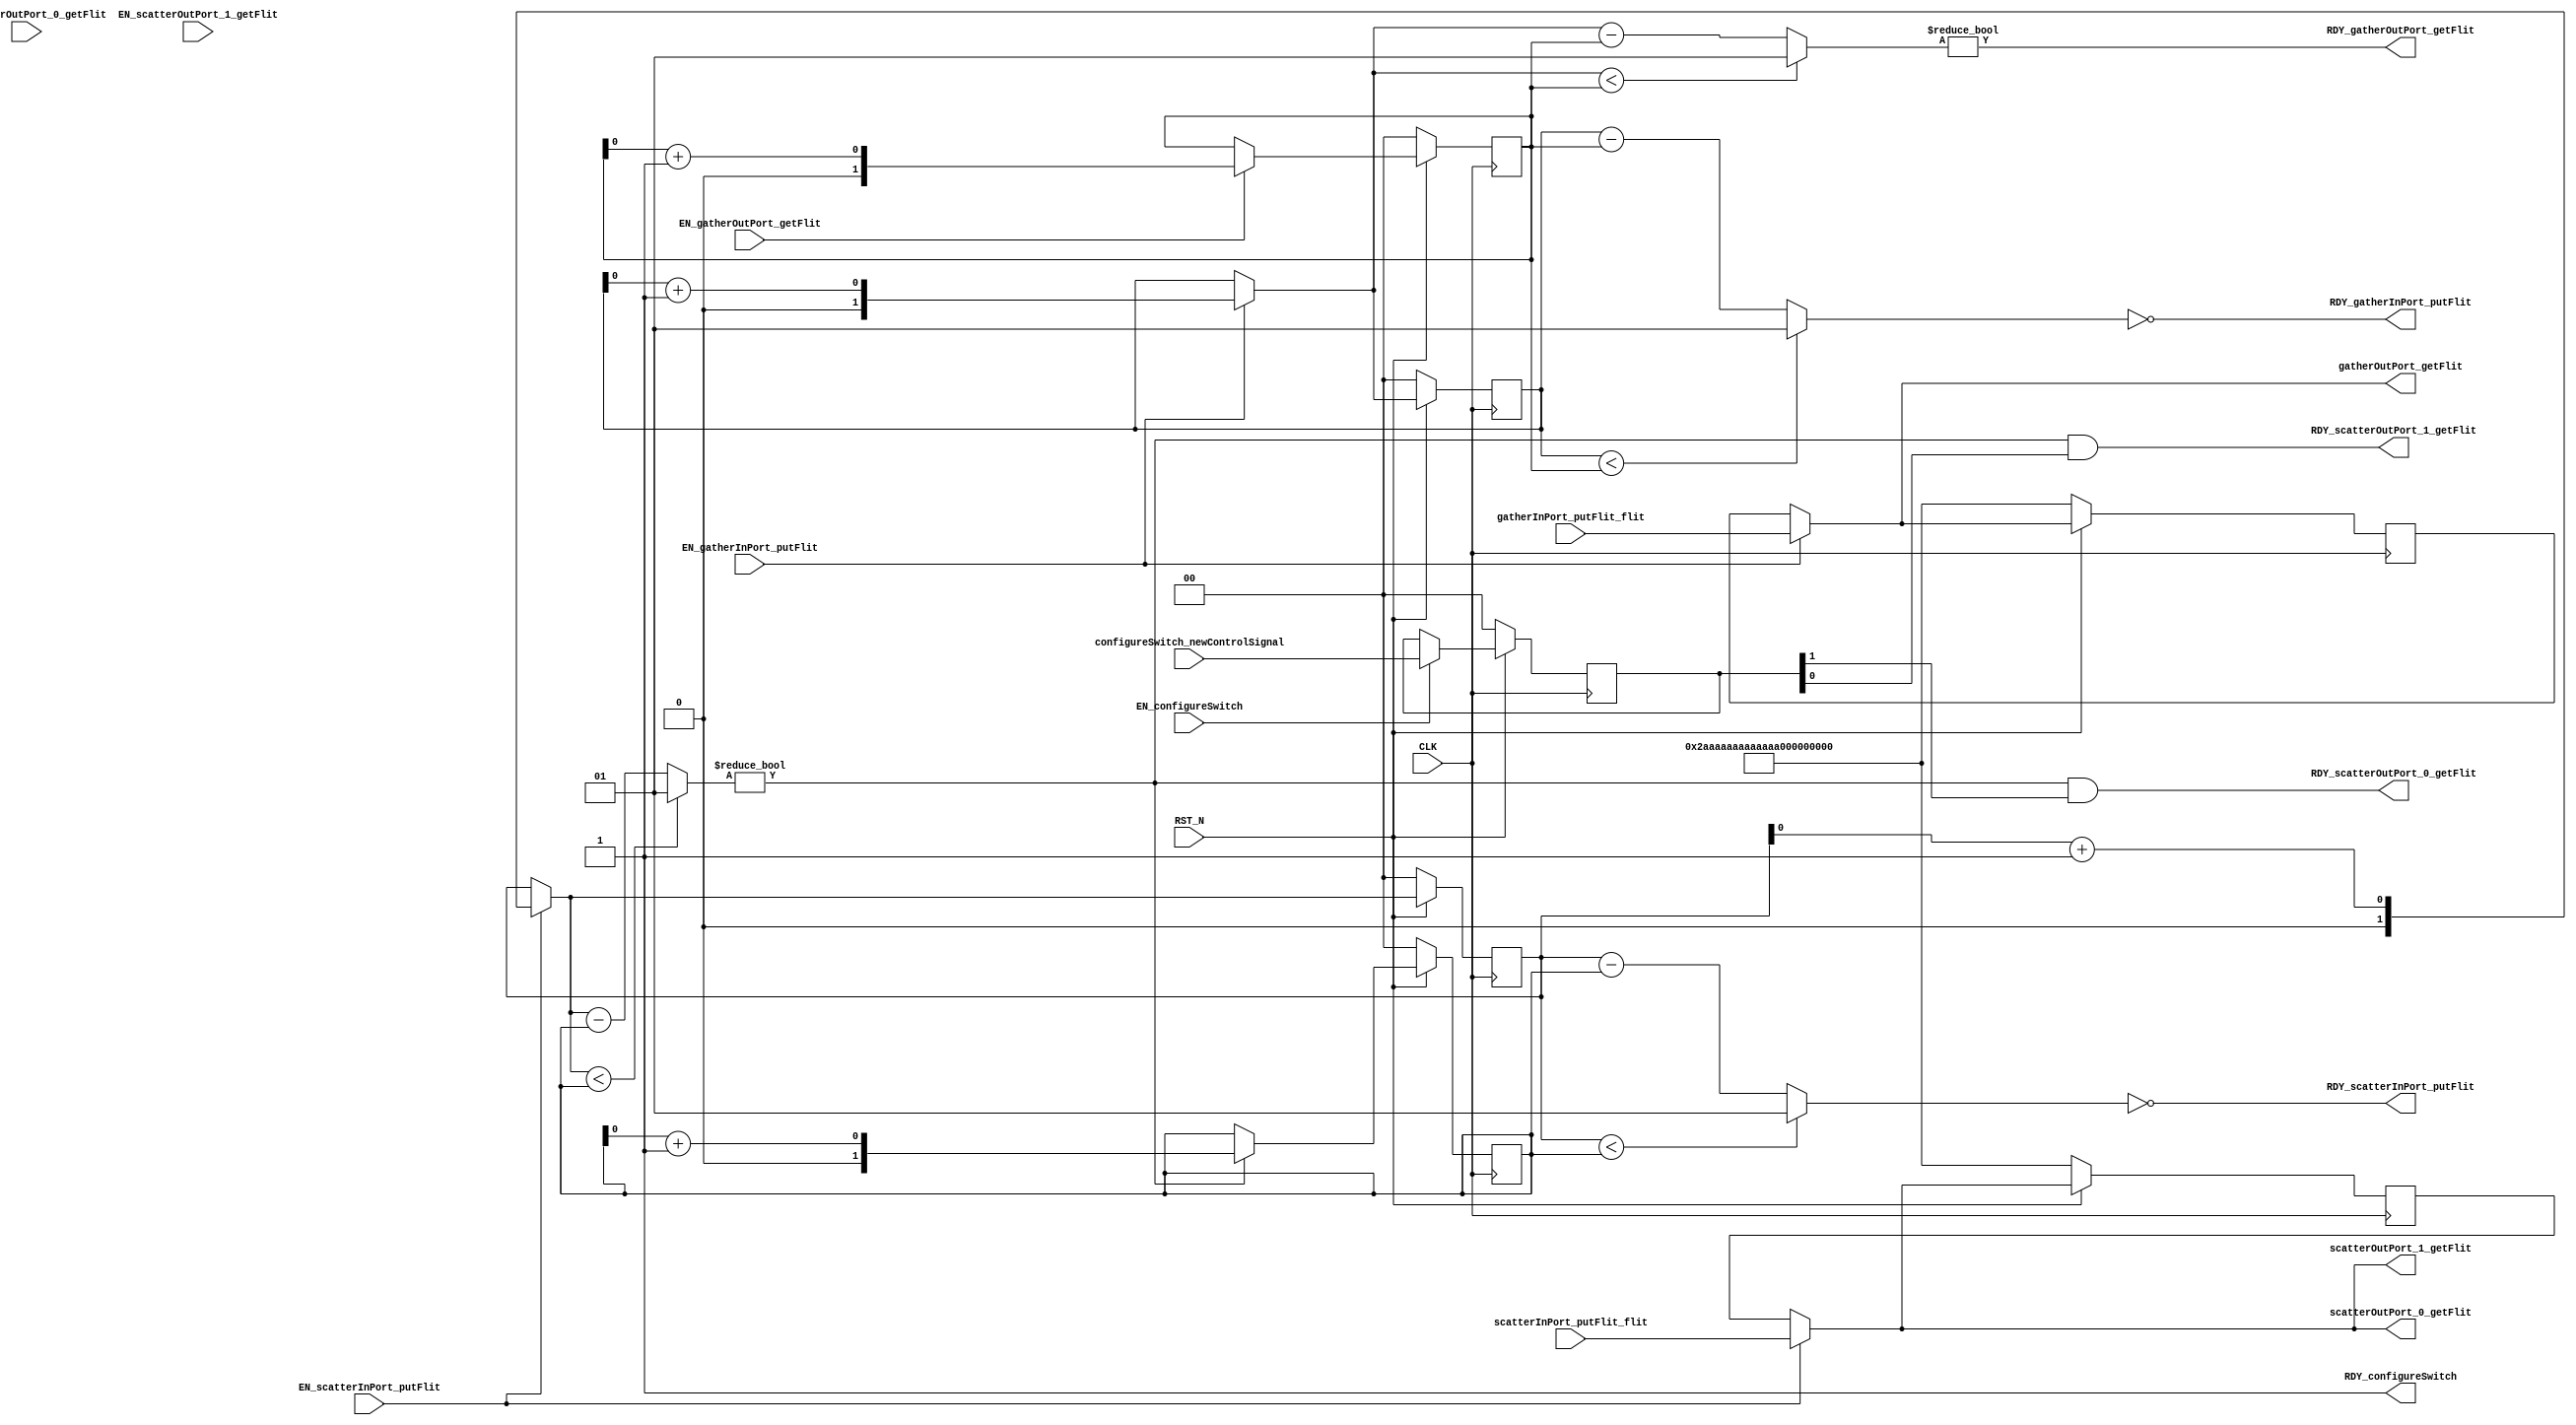
//
// Generated by Bluespec Compiler, version 2015.09.beta2 (build 34689, 2015-09-07)
//
// On Mon Sep 11 20:06:26 EDT 2017
//
//
// Ports:
// Name                         I/O  size props
// RDY_scatterInPort_putFlit      O     1
// scatterOutPort_0_getFlit       O    91
// RDY_scatterOutPort_0_getFlit   O     1
// scatterOutPort_1_getFlit       O    91
// RDY_scatterOutPort_1_getFlit   O     1
// RDY_gatherInPort_putFlit       O     1
// gatherOutPort_getFlit          O    91
// RDY_gatherOutPort_getFlit      O     1
// RDY_configureSwitch            O     1 const
// CLK                            I     1 clock
// RST_N                          I     1 reset
// scatterInPort_putFlit_flit     I    91
// gatherInPort_putFlit_flit      I    91
// configureSwitch_newControlSignal  I     2 reg
// EN_scatterInPort_putFlit       I     1
// EN_gatherInPort_putFlit        I     1
// EN_configureSwitch             I     1
// EN_scatterOutPort_0_getFlit    I     1 unused
// EN_scatterOutPort_1_getFlit    I     1 unused
// EN_gatherOutPort_getFlit       I     1
//
// Combinational paths from inputs to outputs:
//   (scatterInPort_putFlit_flit,
//    EN_scatterInPort_putFlit) -> scatterOutPort_0_getFlit
//   (scatterInPort_putFlit_flit,
//    EN_scatterInPort_putFlit) -> scatterOutPort_1_getFlit
//   (gatherInPort_putFlit_flit,
//    EN_gatherInPort_putFlit) -> gatherOutPort_getFlit
//   EN_scatterInPort_putFlit -> RDY_scatterOutPort_0_getFlit
//   EN_scatterInPort_putFlit -> RDY_scatterOutPort_1_getFlit
//   EN_gatherInPort_putFlit -> RDY_gatherOutPort_getFlit
//
//

`ifdef BSV_ASSIGNMENT_DELAY
`else
  `define BSV_ASSIGNMENT_DELAY
`endif

`ifdef BSV_POSITIVE_RESET
  `define BSV_RESET_VALUE 1'b1
  `define BSV_RESET_EDGE posedge
`else
  `define BSV_RESET_VALUE 1'b0
  `define BSV_RESET_EDGE negedge
`endif

module mkMiddleSwitch(CLK,
		      RST_N,

		      scatterInPort_putFlit_flit,
		      EN_scatterInPort_putFlit,
		      RDY_scatterInPort_putFlit,

		      EN_scatterOutPort_0_getFlit,
		      scatterOutPort_0_getFlit,
		      RDY_scatterOutPort_0_getFlit,

		      EN_scatterOutPort_1_getFlit,
		      scatterOutPort_1_getFlit,
		      RDY_scatterOutPort_1_getFlit,

		      gatherInPort_putFlit_flit,
		      EN_gatherInPort_putFlit,
		      RDY_gatherInPort_putFlit,

		      EN_gatherOutPort_getFlit,
		      gatherOutPort_getFlit,
		      RDY_gatherOutPort_getFlit,

		      configureSwitch_newControlSignal,
		      EN_configureSwitch,
		      RDY_configureSwitch);
  input  CLK;
  input  RST_N;

  // action method scatterInPort_putFlit
  input  [90 : 0] scatterInPort_putFlit_flit;
  input  EN_scatterInPort_putFlit;
  output RDY_scatterInPort_putFlit;

  // actionvalue method scatterOutPort_0_getFlit
  input  EN_scatterOutPort_0_getFlit;
  output [90 : 0] scatterOutPort_0_getFlit;
  output RDY_scatterOutPort_0_getFlit;

  // actionvalue method scatterOutPort_1_getFlit
  input  EN_scatterOutPort_1_getFlit;
  output [90 : 0] scatterOutPort_1_getFlit;
  output RDY_scatterOutPort_1_getFlit;

  // action method gatherInPort_putFlit
  input  [90 : 0] gatherInPort_putFlit_flit;
  input  EN_gatherInPort_putFlit;
  output RDY_gatherInPort_putFlit;

  // actionvalue method gatherOutPort_getFlit
  input  EN_gatherOutPort_getFlit;
  output [90 : 0] gatherOutPort_getFlit;
  output RDY_gatherOutPort_getFlit;

  // action method configureSwitch
  input  [1 : 0] configureSwitch_newControlSignal;
  input  EN_configureSwitch;
  output RDY_configureSwitch;

  // signals for module outputs
  wire [90 : 0] gatherOutPort_getFlit,
		scatterOutPort_0_getFlit,
		scatterOutPort_1_getFlit;
  wire RDY_configureSwitch,
       RDY_gatherInPort_putFlit,
       RDY_gatherOutPort_getFlit,
       RDY_scatterInPort_putFlit,
       RDY_scatterOutPort_0_getFlit,
       RDY_scatterOutPort_1_getFlit;

  // register controlSignal
  reg [1 : 0] controlSignal;
  wire [1 : 0] controlSignal$D_IN;
  wire controlSignal$EN;

  // register gatherFlitFifo_data_0_dummy2_0
  reg gatherFlitFifo_data_0_dummy2_0;
  wire gatherFlitFifo_data_0_dummy2_0$D_IN, gatherFlitFifo_data_0_dummy2_0$EN;

  // register gatherFlitFifo_data_0_dummy2_1
  reg gatherFlitFifo_data_0_dummy2_1;
  wire gatherFlitFifo_data_0_dummy2_1$D_IN, gatherFlitFifo_data_0_dummy2_1$EN;

  // register gatherFlitFifo_data_0_rl
  reg [90 : 0] gatherFlitFifo_data_0_rl;
  wire [90 : 0] gatherFlitFifo_data_0_rl$D_IN;
  wire gatherFlitFifo_data_0_rl$EN;

  // register gatherFlitFifo_deqP_dummy2_0
  reg gatherFlitFifo_deqP_dummy2_0;
  wire gatherFlitFifo_deqP_dummy2_0$D_IN, gatherFlitFifo_deqP_dummy2_0$EN;

  // register gatherFlitFifo_deqP_dummy2_1
  reg gatherFlitFifo_deqP_dummy2_1;
  wire gatherFlitFifo_deqP_dummy2_1$D_IN, gatherFlitFifo_deqP_dummy2_1$EN;

  // register gatherFlitFifo_deqP_rl
  reg [1 : 0] gatherFlitFifo_deqP_rl;
  wire [1 : 0] gatherFlitFifo_deqP_rl$D_IN;
  wire gatherFlitFifo_deqP_rl$EN;

  // register gatherFlitFifo_enqP_dummy2_0
  reg gatherFlitFifo_enqP_dummy2_0;
  wire gatherFlitFifo_enqP_dummy2_0$D_IN, gatherFlitFifo_enqP_dummy2_0$EN;

  // register gatherFlitFifo_enqP_dummy2_1
  reg gatherFlitFifo_enqP_dummy2_1;
  wire gatherFlitFifo_enqP_dummy2_1$D_IN, gatherFlitFifo_enqP_dummy2_1$EN;

  // register gatherFlitFifo_enqP_rl
  reg [1 : 0] gatherFlitFifo_enqP_rl;
  wire [1 : 0] gatherFlitFifo_enqP_rl$D_IN;
  wire gatherFlitFifo_enqP_rl$EN;

  // register scatterFlitFifo_data_0_dummy2_0
  reg scatterFlitFifo_data_0_dummy2_0;
  wire scatterFlitFifo_data_0_dummy2_0$D_IN,
       scatterFlitFifo_data_0_dummy2_0$EN;

  // register scatterFlitFifo_data_0_dummy2_1
  reg scatterFlitFifo_data_0_dummy2_1;
  wire scatterFlitFifo_data_0_dummy2_1$D_IN,
       scatterFlitFifo_data_0_dummy2_1$EN;

  // register scatterFlitFifo_data_0_rl
  reg [90 : 0] scatterFlitFifo_data_0_rl;
  wire [90 : 0] scatterFlitFifo_data_0_rl$D_IN;
  wire scatterFlitFifo_data_0_rl$EN;

  // register scatterFlitFifo_deqP_dummy2_0
  reg scatterFlitFifo_deqP_dummy2_0;
  wire scatterFlitFifo_deqP_dummy2_0$D_IN, scatterFlitFifo_deqP_dummy2_0$EN;

  // register scatterFlitFifo_deqP_dummy2_1
  reg scatterFlitFifo_deqP_dummy2_1;
  wire scatterFlitFifo_deqP_dummy2_1$D_IN, scatterFlitFifo_deqP_dummy2_1$EN;

  // register scatterFlitFifo_deqP_rl
  reg [1 : 0] scatterFlitFifo_deqP_rl;
  wire [1 : 0] scatterFlitFifo_deqP_rl$D_IN;
  wire scatterFlitFifo_deqP_rl$EN;

  // register scatterFlitFifo_enqP_dummy2_0
  reg scatterFlitFifo_enqP_dummy2_0;
  wire scatterFlitFifo_enqP_dummy2_0$D_IN, scatterFlitFifo_enqP_dummy2_0$EN;

  // register scatterFlitFifo_enqP_dummy2_1
  reg scatterFlitFifo_enqP_dummy2_1;
  wire scatterFlitFifo_enqP_dummy2_1$D_IN, scatterFlitFifo_enqP_dummy2_1$EN;

  // register scatterFlitFifo_enqP_rl
  reg [1 : 0] scatterFlitFifo_enqP_rl;
  wire [1 : 0] scatterFlitFifo_enqP_rl$D_IN;
  wire scatterFlitFifo_enqP_rl$EN;

  // remaining internal signals
  wire [1 : 0] cnt1__h3360,
	       cnt1__h6659,
	       gatherFlitFifo_deqP_rl_PLUS_1__q2,
	       gatherFlitFifo_enqP_rl_PLUS_1__q1,
	       n__read__h6726,
	       n__read__h9034,
	       scatterFlitFifo_deqP_rl_PLUS_1__q4,
	       scatterFlitFifo_enqP_rl_PLUS_1__q3,
	       upd__h3314,
	       upd__h6613,
	       upd__h6854,
	       upd__h9087;

  // action method scatterInPort_putFlit
  assign RDY_scatterInPort_putFlit =
	     ((scatterFlitFifo_enqP_rl < scatterFlitFifo_deqP_rl) ?
		2'd1 :
		scatterFlitFifo_enqP_rl - scatterFlitFifo_deqP_rl) ==
	     2'd0 ;

  // actionvalue method scatterOutPort_0_getFlit
  assign scatterOutPort_0_getFlit = scatterOutPort_1_getFlit ;
  assign RDY_scatterOutPort_0_getFlit =
	     cnt1__h6659 != 2'd0 && controlSignal[1] ;

  // actionvalue method scatterOutPort_1_getFlit
  assign scatterOutPort_1_getFlit =
	     EN_scatterInPort_putFlit ?
	       scatterInPort_putFlit_flit :
	       scatterFlitFifo_data_0_rl ;
  assign RDY_scatterOutPort_1_getFlit =
	     cnt1__h6659 != 2'd0 && controlSignal[0] ;

  // action method gatherInPort_putFlit
  assign RDY_gatherInPort_putFlit =
	     ((gatherFlitFifo_enqP_rl < gatherFlitFifo_deqP_rl) ?
		2'd1 :
		gatherFlitFifo_enqP_rl - gatherFlitFifo_deqP_rl) ==
	     2'd0 ;

  // actionvalue method gatherOutPort_getFlit
  assign gatherOutPort_getFlit =
	     EN_gatherInPort_putFlit ?
	       gatherInPort_putFlit_flit :
	       gatherFlitFifo_data_0_rl ;
  assign RDY_gatherOutPort_getFlit = cnt1__h3360 != 2'd0 ;

  // action method configureSwitch
  assign RDY_configureSwitch = 1'd1 ;

  // register controlSignal
  assign controlSignal$D_IN = configureSwitch_newControlSignal ;
  assign controlSignal$EN = EN_configureSwitch ;

  // register gatherFlitFifo_data_0_dummy2_0
  assign gatherFlitFifo_data_0_dummy2_0$D_IN = 1'd1 ;
  assign gatherFlitFifo_data_0_dummy2_0$EN = EN_gatherInPort_putFlit ;

  // register gatherFlitFifo_data_0_dummy2_1
  assign gatherFlitFifo_data_0_dummy2_1$D_IN = 1'b0 ;
  assign gatherFlitFifo_data_0_dummy2_1$EN = 1'b0 ;

  // register gatherFlitFifo_data_0_rl
  assign gatherFlitFifo_data_0_rl$D_IN =
	     EN_gatherInPort_putFlit ?
	       gatherInPort_putFlit_flit :
	       gatherFlitFifo_data_0_rl ;
  assign gatherFlitFifo_data_0_rl$EN = 1'd1 ;

  // register gatherFlitFifo_deqP_dummy2_0
  assign gatherFlitFifo_deqP_dummy2_0$D_IN = 1'd1 ;
  assign gatherFlitFifo_deqP_dummy2_0$EN = EN_gatherOutPort_getFlit ;

  // register gatherFlitFifo_deqP_dummy2_1
  assign gatherFlitFifo_deqP_dummy2_1$D_IN = 1'b0 ;
  assign gatherFlitFifo_deqP_dummy2_1$EN = 1'b0 ;

  // register gatherFlitFifo_deqP_rl
  assign gatherFlitFifo_deqP_rl$D_IN =
	     EN_gatherOutPort_getFlit ? upd__h3314 : gatherFlitFifo_deqP_rl ;
  assign gatherFlitFifo_deqP_rl$EN = 1'd1 ;

  // register gatherFlitFifo_enqP_dummy2_0
  assign gatherFlitFifo_enqP_dummy2_0$D_IN = 1'd1 ;
  assign gatherFlitFifo_enqP_dummy2_0$EN = EN_gatherInPort_putFlit ;

  // register gatherFlitFifo_enqP_dummy2_1
  assign gatherFlitFifo_enqP_dummy2_1$D_IN = 1'b0 ;
  assign gatherFlitFifo_enqP_dummy2_1$EN = 1'b0 ;

  // register gatherFlitFifo_enqP_rl
  assign gatherFlitFifo_enqP_rl$D_IN = n__read__h9034 ;
  assign gatherFlitFifo_enqP_rl$EN = 1'd1 ;

  // register scatterFlitFifo_data_0_dummy2_0
  assign scatterFlitFifo_data_0_dummy2_0$D_IN = 1'd1 ;
  assign scatterFlitFifo_data_0_dummy2_0$EN = EN_scatterInPort_putFlit ;

  // register scatterFlitFifo_data_0_dummy2_1
  assign scatterFlitFifo_data_0_dummy2_1$D_IN = 1'b0 ;
  assign scatterFlitFifo_data_0_dummy2_1$EN = 1'b0 ;

  // register scatterFlitFifo_data_0_rl
  assign scatterFlitFifo_data_0_rl$D_IN = scatterOutPort_1_getFlit ;
  assign scatterFlitFifo_data_0_rl$EN = 1'd1 ;

  // register scatterFlitFifo_deqP_dummy2_0
  assign scatterFlitFifo_deqP_dummy2_0$D_IN = 1'd1 ;
  assign scatterFlitFifo_deqP_dummy2_0$EN = cnt1__h6659 != 2'd0 ;

  // register scatterFlitFifo_deqP_dummy2_1
  assign scatterFlitFifo_deqP_dummy2_1$D_IN = 1'b0 ;
  assign scatterFlitFifo_deqP_dummy2_1$EN = 1'b0 ;

  // register scatterFlitFifo_deqP_rl
  assign scatterFlitFifo_deqP_rl$D_IN =
	     (cnt1__h6659 != 2'd0) ? upd__h6613 : scatterFlitFifo_deqP_rl ;
  assign scatterFlitFifo_deqP_rl$EN = 1'd1 ;

  // register scatterFlitFifo_enqP_dummy2_0
  assign scatterFlitFifo_enqP_dummy2_0$D_IN = 1'd1 ;
  assign scatterFlitFifo_enqP_dummy2_0$EN = EN_scatterInPort_putFlit ;

  // register scatterFlitFifo_enqP_dummy2_1
  assign scatterFlitFifo_enqP_dummy2_1$D_IN = 1'b0 ;
  assign scatterFlitFifo_enqP_dummy2_1$EN = 1'b0 ;

  // register scatterFlitFifo_enqP_rl
  assign scatterFlitFifo_enqP_rl$D_IN = n__read__h6726 ;
  assign scatterFlitFifo_enqP_rl$EN = 1'd1 ;

  // remaining internal signals
  assign cnt1__h3360 =
	     (n__read__h9034 < gatherFlitFifo_deqP_rl) ?
	       2'd1 :
	       n__read__h9034 - gatherFlitFifo_deqP_rl ;
  assign cnt1__h6659 =
	     (n__read__h6726 < scatterFlitFifo_deqP_rl) ?
	       2'd1 :
	       n__read__h6726 - scatterFlitFifo_deqP_rl ;
  assign gatherFlitFifo_deqP_rl_PLUS_1__q2 = gatherFlitFifo_deqP_rl + 2'd1 ;
  assign gatherFlitFifo_enqP_rl_PLUS_1__q1 = gatherFlitFifo_enqP_rl + 2'd1 ;
  assign n__read__h6726 =
	     EN_scatterInPort_putFlit ? upd__h6854 : scatterFlitFifo_enqP_rl ;
  assign n__read__h9034 =
	     EN_gatherInPort_putFlit ? upd__h9087 : gatherFlitFifo_enqP_rl ;
  assign scatterFlitFifo_deqP_rl_PLUS_1__q4 = scatterFlitFifo_deqP_rl + 2'd1 ;
  assign scatterFlitFifo_enqP_rl_PLUS_1__q3 = scatterFlitFifo_enqP_rl + 2'd1 ;
  assign upd__h3314 = { 1'd0, gatherFlitFifo_deqP_rl_PLUS_1__q2[0] } ;
  assign upd__h6613 = { 1'd0, scatterFlitFifo_deqP_rl_PLUS_1__q4[0] } ;
  assign upd__h6854 = { 1'd0, scatterFlitFifo_enqP_rl_PLUS_1__q3[0] } ;
  assign upd__h9087 = { 1'd0, gatherFlitFifo_enqP_rl_PLUS_1__q1[0] } ;

  // handling of inlined registers

  always@(posedge CLK)
  begin
    if (RST_N == `BSV_RESET_VALUE)
      begin
        controlSignal <= `BSV_ASSIGNMENT_DELAY 2'd0;
	gatherFlitFifo_data_0_dummy2_0 <= `BSV_ASSIGNMENT_DELAY 1'd1;
	gatherFlitFifo_data_0_dummy2_1 <= `BSV_ASSIGNMENT_DELAY 1'd1;
	gatherFlitFifo_data_0_rl <= `BSV_ASSIGNMENT_DELAY
	    91'h2AAAAAAAAAAAAAAAAAAAAAA;
	gatherFlitFifo_deqP_dummy2_0 <= `BSV_ASSIGNMENT_DELAY 1'd1;
	gatherFlitFifo_deqP_dummy2_1 <= `BSV_ASSIGNMENT_DELAY 1'd1;
	gatherFlitFifo_deqP_rl <= `BSV_ASSIGNMENT_DELAY 2'd0;
	gatherFlitFifo_enqP_dummy2_0 <= `BSV_ASSIGNMENT_DELAY 1'd1;
	gatherFlitFifo_enqP_dummy2_1 <= `BSV_ASSIGNMENT_DELAY 1'd1;
	gatherFlitFifo_enqP_rl <= `BSV_ASSIGNMENT_DELAY 2'd0;
	scatterFlitFifo_data_0_dummy2_0 <= `BSV_ASSIGNMENT_DELAY 1'd1;
	scatterFlitFifo_data_0_dummy2_1 <= `BSV_ASSIGNMENT_DELAY 1'd1;
	scatterFlitFifo_data_0_rl <= `BSV_ASSIGNMENT_DELAY
	    91'h2AAAAAAAAAAAAAAAAAAAAAA;
	scatterFlitFifo_deqP_dummy2_0 <= `BSV_ASSIGNMENT_DELAY 1'd1;
	scatterFlitFifo_deqP_dummy2_1 <= `BSV_ASSIGNMENT_DELAY 1'd1;
	scatterFlitFifo_deqP_rl <= `BSV_ASSIGNMENT_DELAY 2'd0;
	scatterFlitFifo_enqP_dummy2_0 <= `BSV_ASSIGNMENT_DELAY 1'd1;
	scatterFlitFifo_enqP_dummy2_1 <= `BSV_ASSIGNMENT_DELAY 1'd1;
	scatterFlitFifo_enqP_rl <= `BSV_ASSIGNMENT_DELAY 2'd0;
      end
    else
      begin
        if (controlSignal$EN)
	  controlSignal <= `BSV_ASSIGNMENT_DELAY controlSignal$D_IN;
	if (gatherFlitFifo_data_0_dummy2_0$EN)
	  gatherFlitFifo_data_0_dummy2_0 <= `BSV_ASSIGNMENT_DELAY
	      gatherFlitFifo_data_0_dummy2_0$D_IN;
	if (gatherFlitFifo_data_0_dummy2_1$EN)
	  gatherFlitFifo_data_0_dummy2_1 <= `BSV_ASSIGNMENT_DELAY
	      gatherFlitFifo_data_0_dummy2_1$D_IN;
	if (gatherFlitFifo_data_0_rl$EN)
	  gatherFlitFifo_data_0_rl <= `BSV_ASSIGNMENT_DELAY
	      gatherFlitFifo_data_0_rl$D_IN;
	if (gatherFlitFifo_deqP_dummy2_0$EN)
	  gatherFlitFifo_deqP_dummy2_0 <= `BSV_ASSIGNMENT_DELAY
	      gatherFlitFifo_deqP_dummy2_0$D_IN;
	if (gatherFlitFifo_deqP_dummy2_1$EN)
	  gatherFlitFifo_deqP_dummy2_1 <= `BSV_ASSIGNMENT_DELAY
	      gatherFlitFifo_deqP_dummy2_1$D_IN;
	if (gatherFlitFifo_deqP_rl$EN)
	  gatherFlitFifo_deqP_rl <= `BSV_ASSIGNMENT_DELAY
	      gatherFlitFifo_deqP_rl$D_IN;
	if (gatherFlitFifo_enqP_dummy2_0$EN)
	  gatherFlitFifo_enqP_dummy2_0 <= `BSV_ASSIGNMENT_DELAY
	      gatherFlitFifo_enqP_dummy2_0$D_IN;
	if (gatherFlitFifo_enqP_dummy2_1$EN)
	  gatherFlitFifo_enqP_dummy2_1 <= `BSV_ASSIGNMENT_DELAY
	      gatherFlitFifo_enqP_dummy2_1$D_IN;
	if (gatherFlitFifo_enqP_rl$EN)
	  gatherFlitFifo_enqP_rl <= `BSV_ASSIGNMENT_DELAY
	      gatherFlitFifo_enqP_rl$D_IN;
	if (scatterFlitFifo_data_0_dummy2_0$EN)
	  scatterFlitFifo_data_0_dummy2_0 <= `BSV_ASSIGNMENT_DELAY
	      scatterFlitFifo_data_0_dummy2_0$D_IN;
	if (scatterFlitFifo_data_0_dummy2_1$EN)
	  scatterFlitFifo_data_0_dummy2_1 <= `BSV_ASSIGNMENT_DELAY
	      scatterFlitFifo_data_0_dummy2_1$D_IN;
	if (scatterFlitFifo_data_0_rl$EN)
	  scatterFlitFifo_data_0_rl <= `BSV_ASSIGNMENT_DELAY
	      scatterFlitFifo_data_0_rl$D_IN;
	if (scatterFlitFifo_deqP_dummy2_0$EN)
	  scatterFlitFifo_deqP_dummy2_0 <= `BSV_ASSIGNMENT_DELAY
	      scatterFlitFifo_deqP_dummy2_0$D_IN;
	if (scatterFlitFifo_deqP_dummy2_1$EN)
	  scatterFlitFifo_deqP_dummy2_1 <= `BSV_ASSIGNMENT_DELAY
	      scatterFlitFifo_deqP_dummy2_1$D_IN;
	if (scatterFlitFifo_deqP_rl$EN)
	  scatterFlitFifo_deqP_rl <= `BSV_ASSIGNMENT_DELAY
	      scatterFlitFifo_deqP_rl$D_IN;
	if (scatterFlitFifo_enqP_dummy2_0$EN)
	  scatterFlitFifo_enqP_dummy2_0 <= `BSV_ASSIGNMENT_DELAY
	      scatterFlitFifo_enqP_dummy2_0$D_IN;
	if (scatterFlitFifo_enqP_dummy2_1$EN)
	  scatterFlitFifo_enqP_dummy2_1 <= `BSV_ASSIGNMENT_DELAY
	      scatterFlitFifo_enqP_dummy2_1$D_IN;
	if (scatterFlitFifo_enqP_rl$EN)
	  scatterFlitFifo_enqP_rl <= `BSV_ASSIGNMENT_DELAY
	      scatterFlitFifo_enqP_rl$D_IN;
      end
  end

  // synopsys translate_off
  `ifdef BSV_NO_INITIAL_BLOCKS
  `else // not BSV_NO_INITIAL_BLOCKS
  initial
  begin
    controlSignal = 2'h2;
    gatherFlitFifo_data_0_dummy2_0 = 1'h0;
    gatherFlitFifo_data_0_dummy2_1 = 1'h0;
    gatherFlitFifo_data_0_rl = 91'h2AAAAAAAAAAAAAAAAAAAAAA;
    gatherFlitFifo_deqP_dummy2_0 = 1'h0;
    gatherFlitFifo_deqP_dummy2_1 = 1'h0;
    gatherFlitFifo_deqP_rl = 2'h2;
    gatherFlitFifo_enqP_dummy2_0 = 1'h0;
    gatherFlitFifo_enqP_dummy2_1 = 1'h0;
    gatherFlitFifo_enqP_rl = 2'h2;
    scatterFlitFifo_data_0_dummy2_0 = 1'h0;
    scatterFlitFifo_data_0_dummy2_1 = 1'h0;
    scatterFlitFifo_data_0_rl = 91'h2AAAAAAAAAAAAAAAAAAAAAA;
    scatterFlitFifo_deqP_dummy2_0 = 1'h0;
    scatterFlitFifo_deqP_dummy2_1 = 1'h0;
    scatterFlitFifo_deqP_rl = 2'h2;
    scatterFlitFifo_enqP_dummy2_0 = 1'h0;
    scatterFlitFifo_enqP_dummy2_1 = 1'h0;
    scatterFlitFifo_enqP_rl = 2'h2;
  end
  `endif // BSV_NO_INITIAL_BLOCKS
  // synopsys translate_on
endmodule  // mkMiddleSwitch